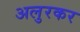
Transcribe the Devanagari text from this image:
अलुरकर